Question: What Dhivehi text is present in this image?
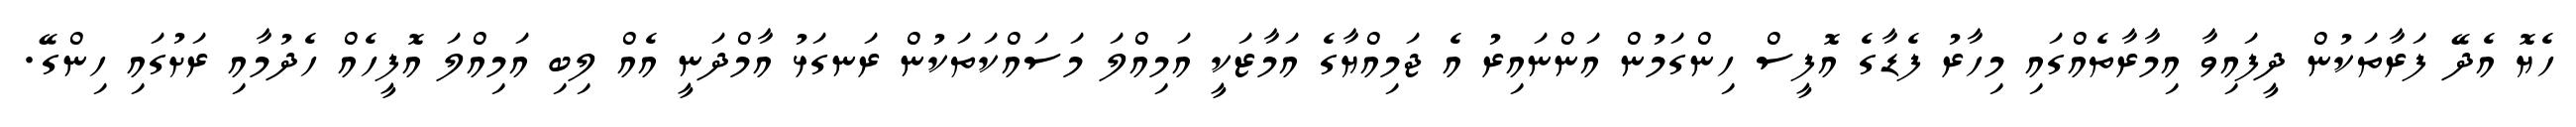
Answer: ހެޔޮ އެދޭ ފަރާތަކުން ދީފައިވާ އިމާރާތެއްގައި މިހާރު ފެޑާގެ އޮފީސް ހިންގަމުން އަންނައިރު އެ ޖަމިއްޔާގެ އަމާޒަކީ އަމިއްލަ މަސައްކަތަކުން ރަނގަޅު އާމްދަނީ އެއް ލިބި އަމިއްލަ އޮފީހެއް ހެދުމާއި ރަށުގައި ހިންގޭ.